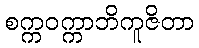
စက္ကဝက္ကာဘိကူဇိတာ